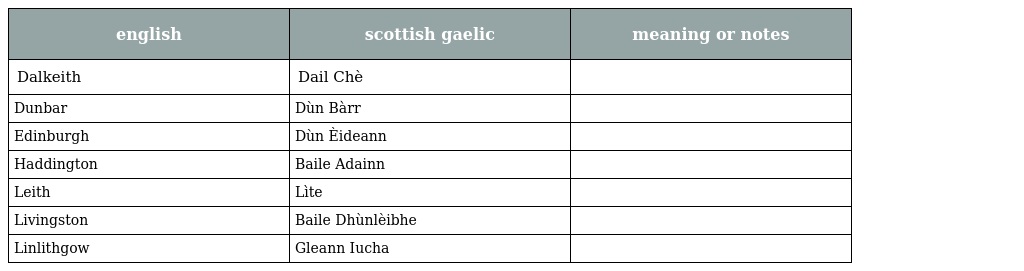
| english | scottish gaelic | meaning or notes |
 | --- | --- | --- |
 | Dalkeith | Dail Chè |  |
 | Dunbar | Dùn Bàrr |  |
 | Edinburgh | Dùn Èideann |  |
 | Haddington | Baile Adainn |  |
 | Leith | Lìte |  |
 | Livingston | Baile Dhùnlèibhe |  |
 | Linlithgow | Gleann Iucha |  |